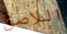
اللاصق